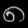
Digit: ၈